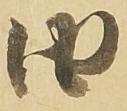
由